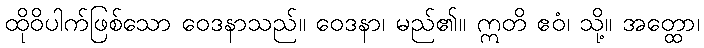
ထိုဝိပါက်ဖြစ်သော ဝေဒနာသည်။ ဝေဒနာ၊ မည်၏။ ဣတိ ဧဝံ၊ သို့။ အတ္ထော၊